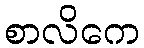
စာလိကေ